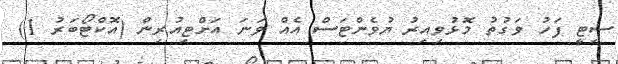
ސިޓީ ފަހު ވަގުތު މޮޅުވިއިރު ޔުވެންޓަސް އެއް ވަނަ އަށްޓިއުރިން (އޮކްޓޯބަރު 1)